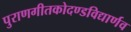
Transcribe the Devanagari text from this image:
पुराणगीतकोदण्डविद्यार्णव